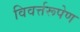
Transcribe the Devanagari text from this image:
विवर्त्तरूपेण